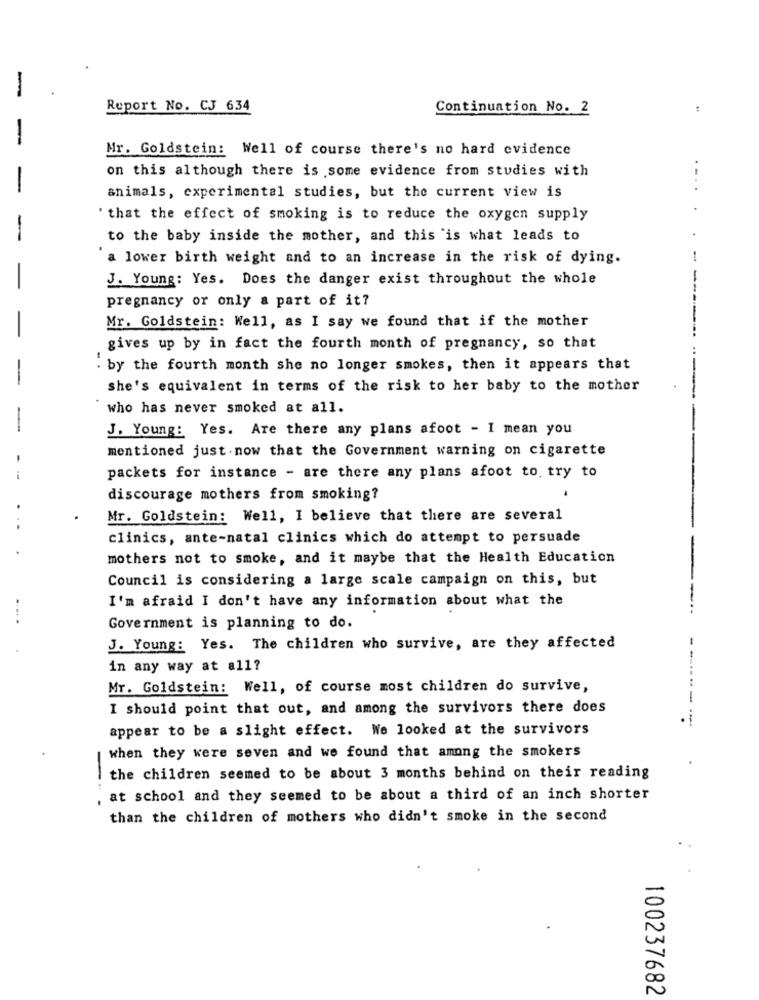
-
Report No. CJ 634
Continuation No. 2
Mr. Goldstein: Well of course there's no hard evidence
on this although there is some evidence from studies with
animals, experimental studies, but the current view is
'that the effect of smoking is to reduce the oxygen supply
-
to the baby inside the mother, and this is what leads to
a lower birth weight and to an increase in the risk of dying.
J. Young: Yes. Does the danger exist throughout the whole
-
pregnancy or only a part of it?
Mr. Goldstein: Well, as I say we found that if the mother
gives up by in fact the fourth month of pregnancy, so that
. by the fourth month she no longer smokes, then it appears that
she's equivalent in terms of the risk to her baby to the mother
who has never smoked at all.
-
J. Young: Yes. Are there any plans afoot - I mean you
mentioned just. now that the Government warning on cigarette
-
packets for instance - are there any plans afoot to. try to
discourage mothers from smoking?
Mr. Goldstein: Well, I believe that there are several
clinics, ante-natal clinics which do attempt to persuade
mothers not to smoke, and it maybe that the Health Education
Council is considering a large scale campaign on this, but
I'm afraid I don't have any information about what the
Government is planning to do.
J. Young: Yes. The children who survive, are they affected
--
in any way at all?
Mr. Goldstein: Well, of course most children do survive,
I should point that out, and among the survivors there does
appear to be a slight effect. We looked at the survivors
when they were seven and we found that among the smokers
the children seemed to be about 3 months behind on their reading
-
, at school and they seemed to be about a third of an inch shorter
than the children of mothers who didn't smoke in the second
100237682